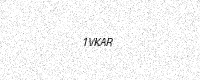
Text: 1VKAR